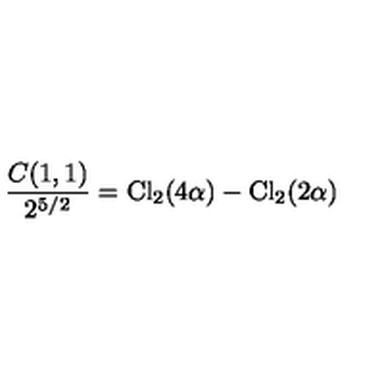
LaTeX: { \frac { C ( 1 , 1 ) } { 2 ^ { 5 / 2 } } } = \mathrm { C l } _ { 2 } ( 4 \alpha ) - \mathrm { C l } _ { 2 } ( 2 \alpha )